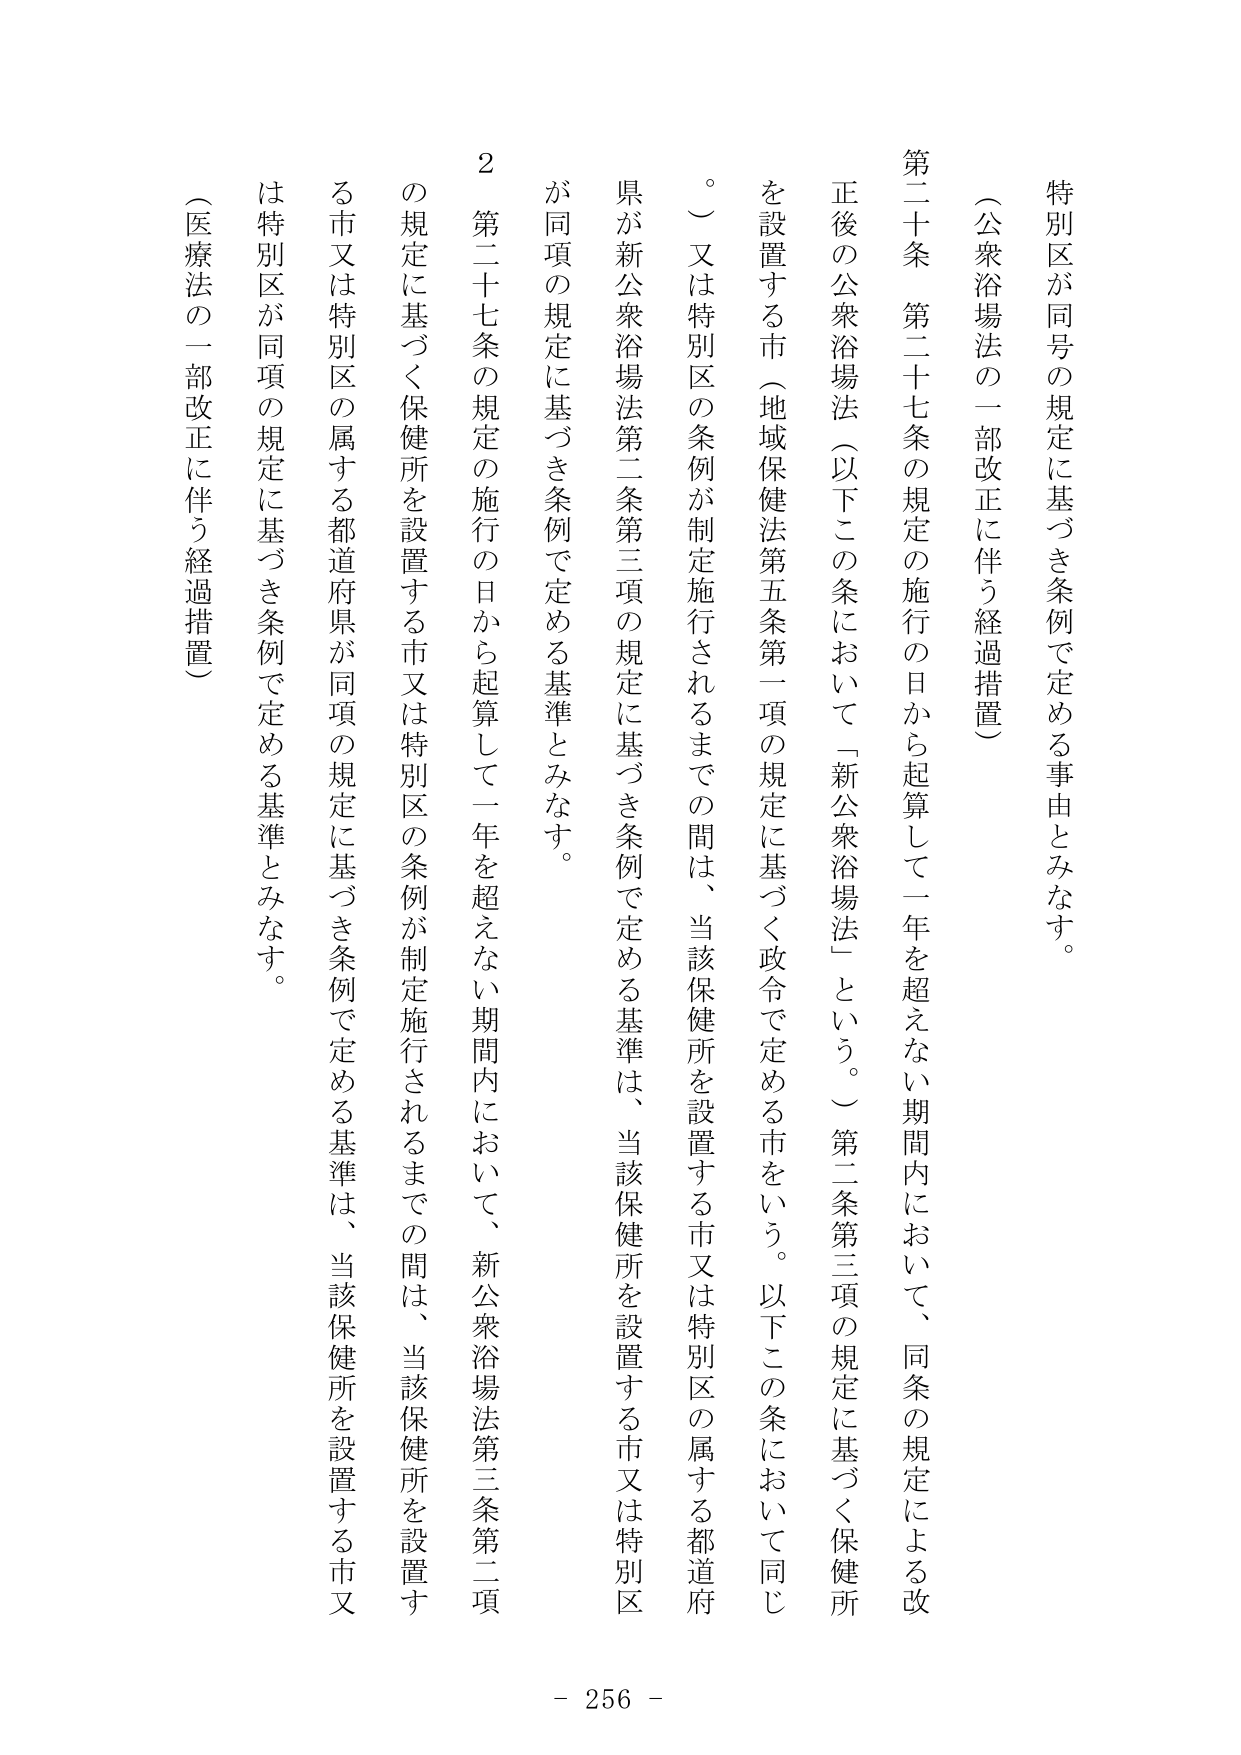
特別区が同号の規定に基づき条例で定める事由とみなす。

（公衆浴場法の一部改正に伴う経過措置）

第二十条　第二十七条の規定の施行の日から起算して一年を超えない期間内において、同条の規定による改正後の公衆浴場法（以下この条において「新公衆浴場法」という。）第二条第三項の規定に基づく保健所を設置する市（地域保健法第五条第一項の規定に基づく政令で定める市をいう。以下この条において同じ。）又は特別区の条例が制定施行されるまでの間は、当該保健所を設置する市又は特別区の属する都道府県が新公衆浴場法第二条第三項の規定に基づき条例で定める基準は、当該保健所を設置する市又は特別区が同項の規定に基づき条例で定める基準とみなす。

２　第二十七条の規定の施行の日から起算して一年を超えない期間内において、新公衆浴場法第三条第二項の規定に基づく保健所を設置する市又は特別区の条例が制定施行されるまでの間は、当該保健所を設置する市又は特別区の属する都道府県が同項の規定に基づき条例で定める基準は、当該保健所を設置する市又は特別区が同項の規定に基づき条例で定める基準とみなす。

（医療法の一部改正に伴う経過措置）

- 256 -